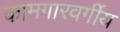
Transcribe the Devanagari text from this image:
कामगारवर्गीय